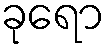
ခုရော